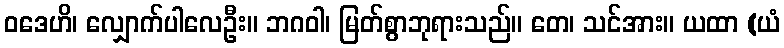
ဝဒေဟိ၊ လျှောက်ပါလေဦး။ ဘဂဝါ၊ မြတ်စွာဘုရားသည်။ တေ၊ သင်အား။ ယထာ (ယံ